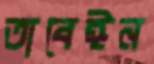
তাবেঈন